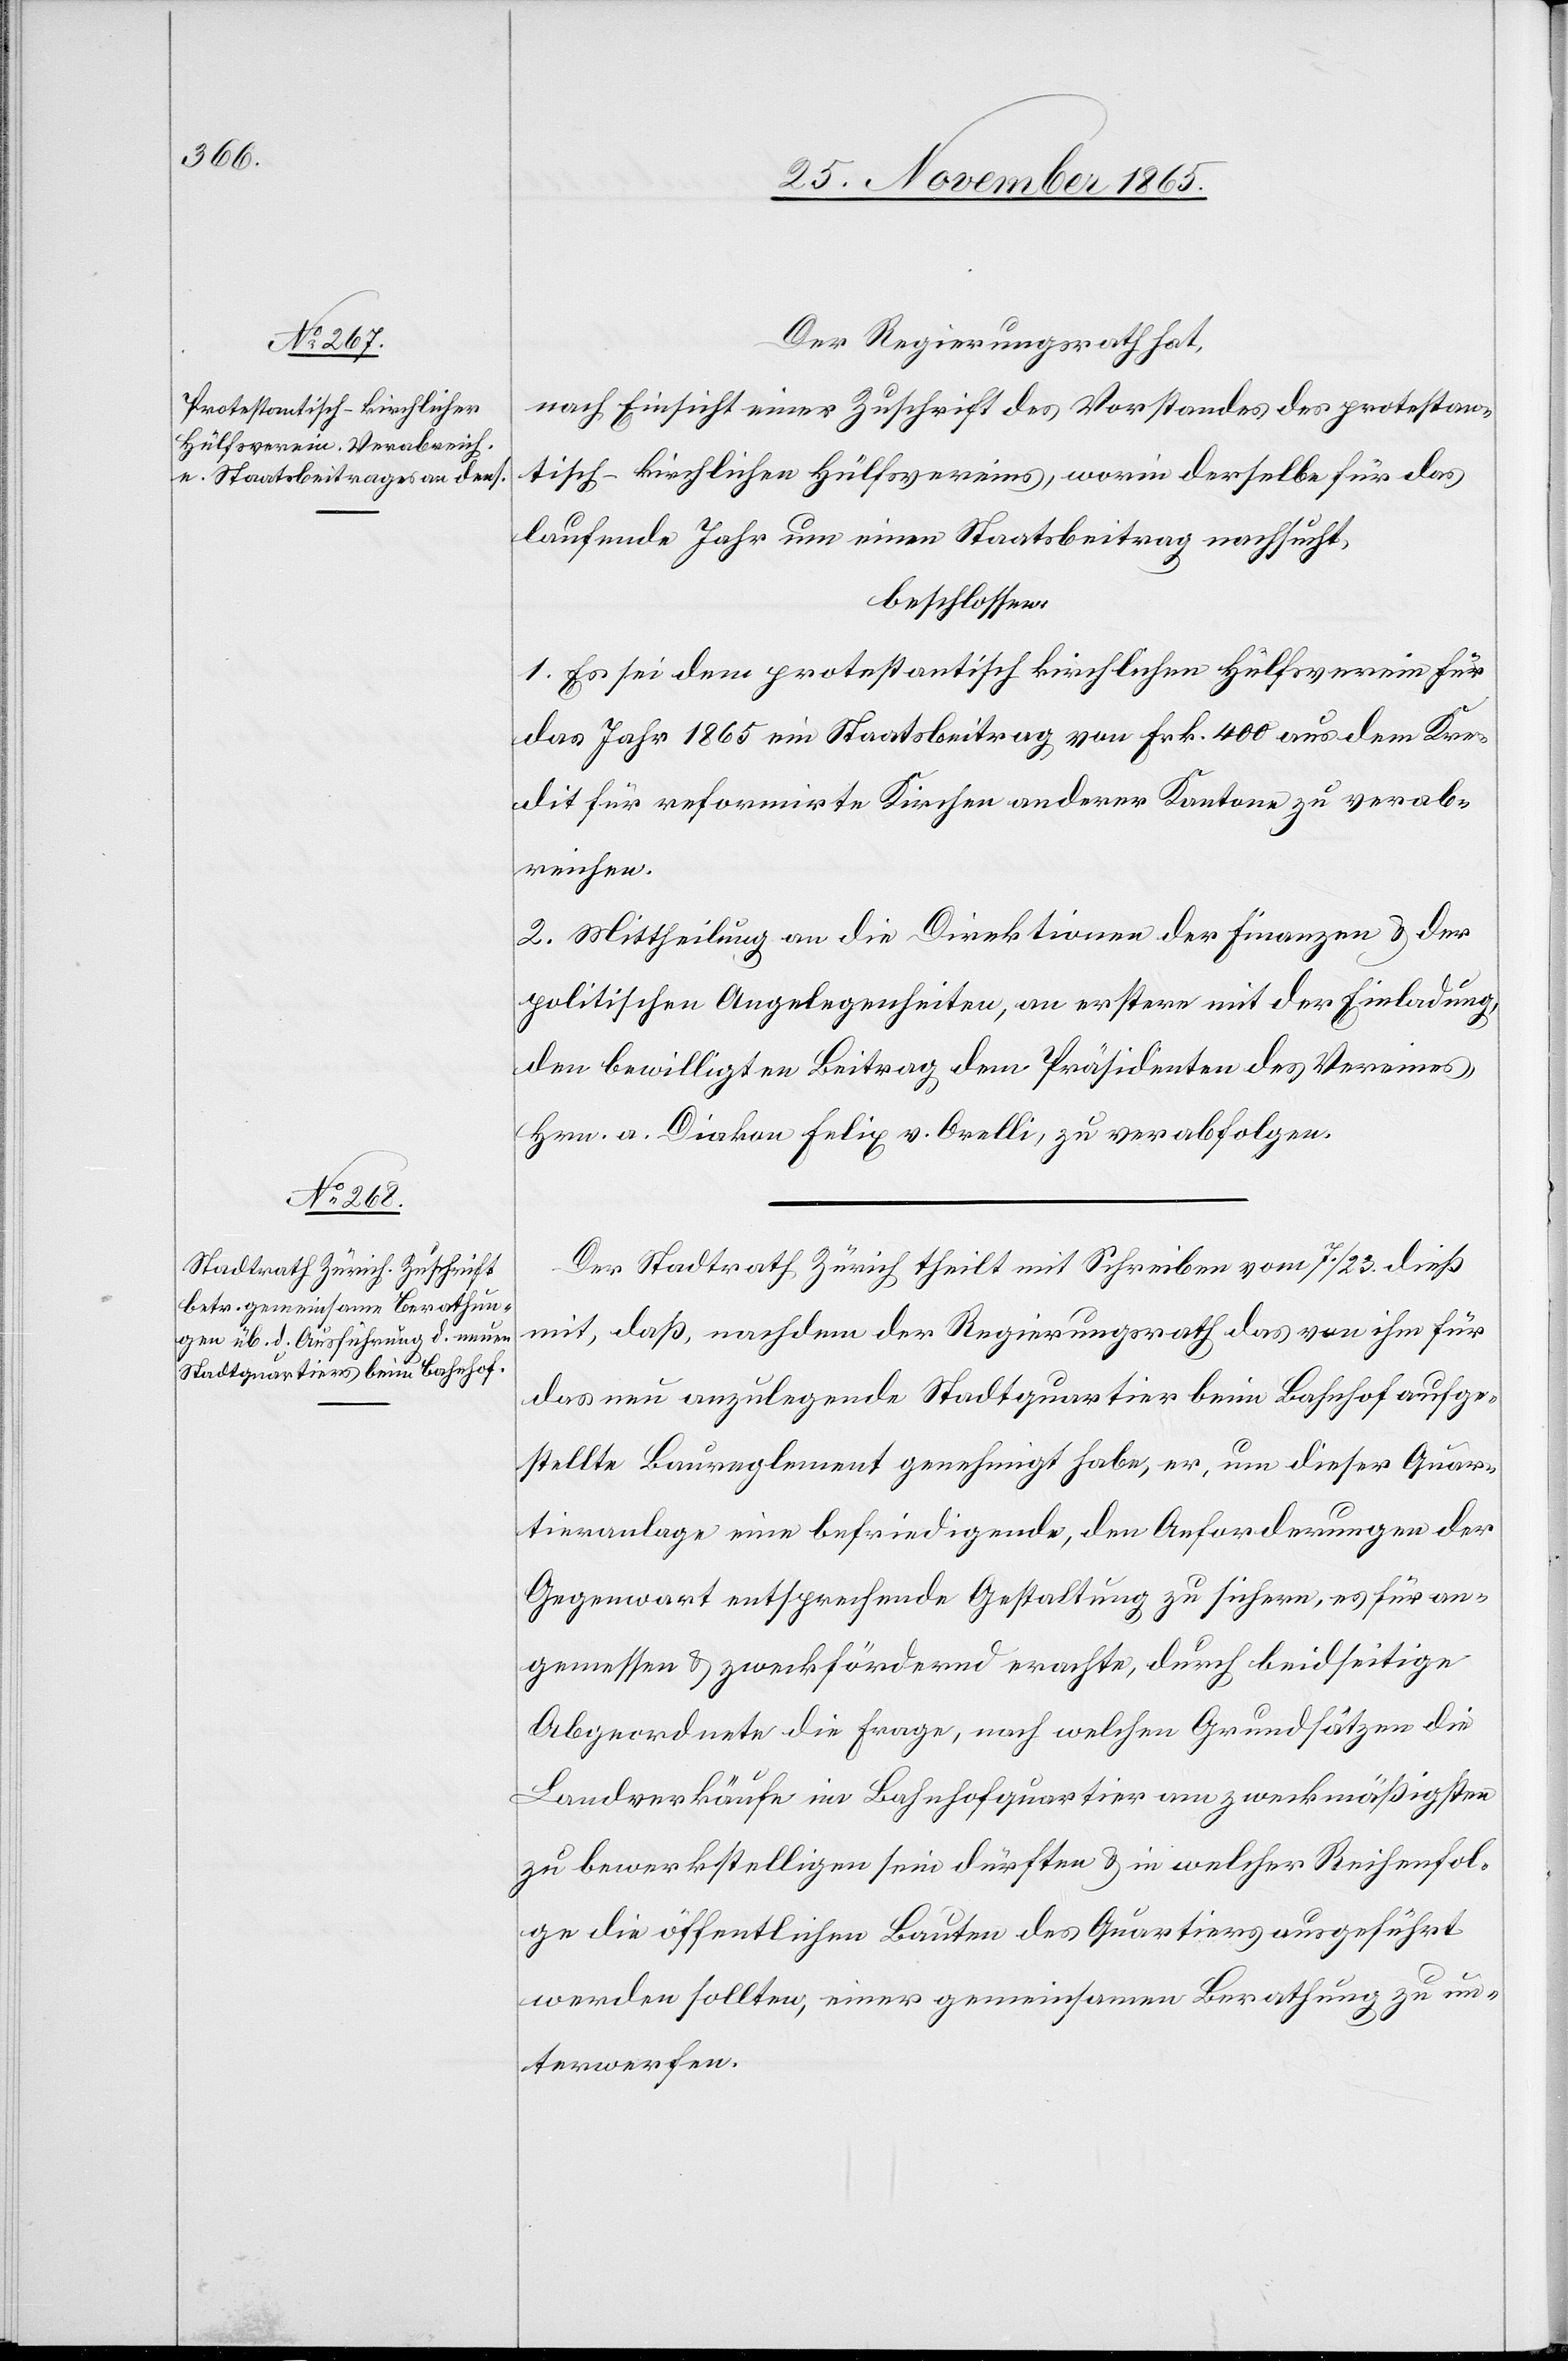
Der Regierungsrath hat,
nach Einsicht einer Zuschrift des Vorstandes des protestan¬
tisch-kirchlichen Hülfsvereins, worin derselbe für das
laufende Jahr um einen Staatsbeitrag nachsucht,
beschlossen:
1. Es sei dem protestantisch kirchlichen Hülfsverein für
das Jahr 1865 ein Staatsbeitrag von Frk. 400 aus dem Kre¬
dit für reformirte Kirchen anderer Kantone zu verab¬
reichen.
2. Mittheilung an die Direktionen der Finanzen & der
politischen Angelegenheiten, an erstere mit der Einladung,
den bewilligten Beitrag dem Präsidenten des Vereins,
Hrn. a. Diakon Felix v. Orelli, zu verabfolgen.
Der Stadtrath Zürich theilt mit Schreiben vom 7./23. dieß
mit, daß, nachdem der Regierungsrath das von ihm für
das neu anzulegende Stadtquartier beim Bahnhof aufge¬
stellte Baureglement genehmigt habe, er, um dieser Quar¬
tieranlage eine befriedigende, den Anforderungen der
Gegenwart entsprechende Gestaltung zu sichern, es für an¬
gemessen & zweckfördernd erachte, durch beidseitige
Abgeordnete die Frage, nach welchen Grundsätzen die
Landverkäufe im Bahnhofquartier am zweckmäßigsten
zu bewerkstelligen sein dürften & in welcher Reihenfol¬
ge die öffentlichen Bauten des Quartiers ausgeführt
werden sollten, einer gemeinsamen Berathung zu un¬
terwerfen.